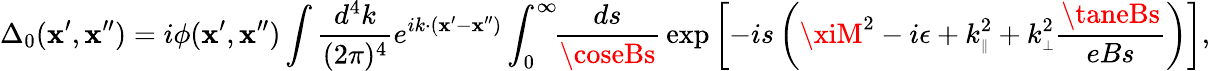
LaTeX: \Delta_{0}(\mathbf{x}^{\prime},\mathbf{x}^{\prime\prime})=i\phi(\mathbf{x}^{\prime},\mathbf{x}^{\prime\prime})\int{\frac{{d^{4}k}}{{(2\pi)^{4}}}}e^{ik\cdot(\mathbf{x}^{\prime}-\mathbf{x}^{\prime\prime})}\int_{0}^{\infty}\! \! {\frac{{ds}}{{\coseBs}}}\, {\exp{\left[-is\left(\xiM^{2}-i\epsilon+k_{\scriptscriptstyle{\parallel}}^{2}+k_{\scriptscriptstyle{\perp}}^{2}{\frac{{\taneBs}}{{eBs}}}\right)\right]}},